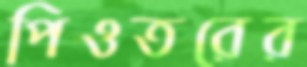
পিওতরের